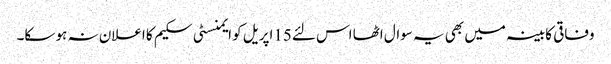
وفاقی کابینہ میں بھی یہ سوال اٹھا اس لئے15اپریل کو ایمنسٹی سکیم کا اعلان نہ ہو سکا۔